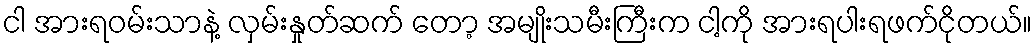
ငါ အားရဝမ်းသာနဲ့ လှမ်းနှုတ်ဆက် တော့ အမျိုးသမီးကြီးက ငါ့ကို အားရပါးရဖက်ငိုတယ်။